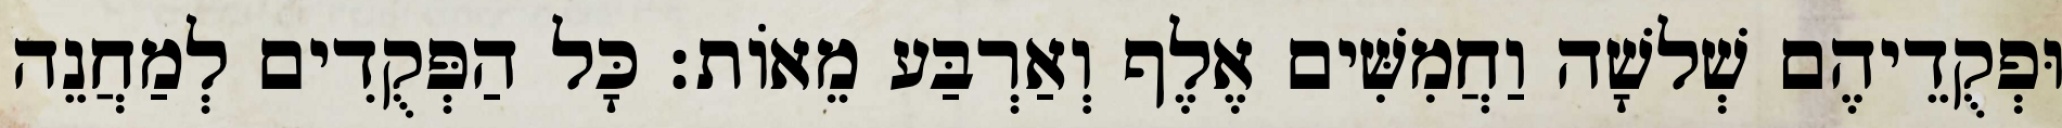
וּפְקֻדֵיהֶם שְׁלשָׁה וַחֲמִשִּׁים אֶלֶף וְאַרְבַּע מֵאוֹת׃ כָּל הַפְּקֻדִים לְמַחֲנֵה